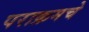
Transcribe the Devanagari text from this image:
पराक्रमचे